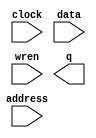
module music (
	address,
	clock,
	data,
	wren,
	q);

	input	[9:0]  address;
	input	  clock;
	input	[15:0]  data;
	input	  wren;
	output	[15:0]  q;
`ifndef ALTERA_RESERVED_QIS
// synopsys translate_off
`endif
	tri1	  clock;
`ifndef ALTERA_RESERVED_QIS
// synopsys translate_on
`endif

endmodule